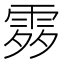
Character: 𩂭